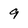
Character: 9